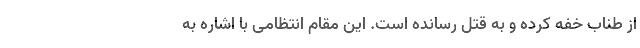
از طناب خفه کرده و به قتل رسانده است. این مقام انتظامی با اشاره به